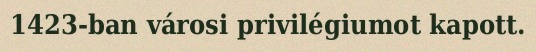
1423-ban városi privilégiumot kapott.